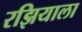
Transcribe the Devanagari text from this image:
रझियाला